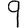
Digit: 9